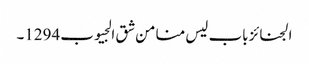
الجنائز باب لیس منا من شق الجیوب 1294۔